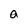
Character: a